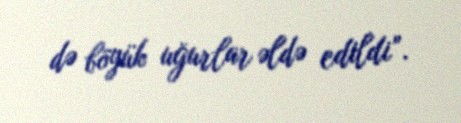
də böyük uğurlar əldə edildi”.